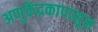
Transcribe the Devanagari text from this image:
अणुकेंद्रकापासून